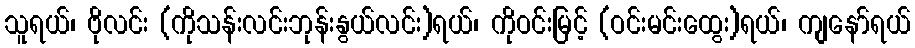
သူရယ်၊ ဗိုလင်း (ကိုသန်းလင်းဘုန်းနွယ်လင်း)ရယ်၊ ကိုဝင်းမြင့် (ဝင်းမင်းထွေး)ရယ်၊ ကျနော်ရယ်